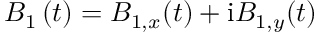
B _ { 1 } \left( t \right) = B _ { 1 , x } ( t ) + \mathrm { i } B _ { 1 , y } ( t )